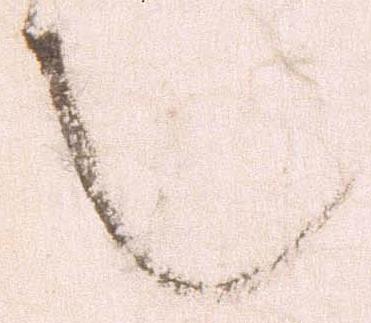
也